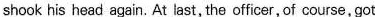
shook his head again. At last, the officer, of course, got